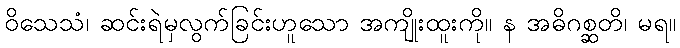
ဝိသေသံ၊ ဆင်းရဲမှလွက်ခြင်းဟူသော အကျိုးထူးကို။ န အဓိဂစ္ဆတိ၊ မရ။